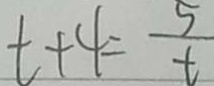
t + 4 = \frac { 5 } { t }